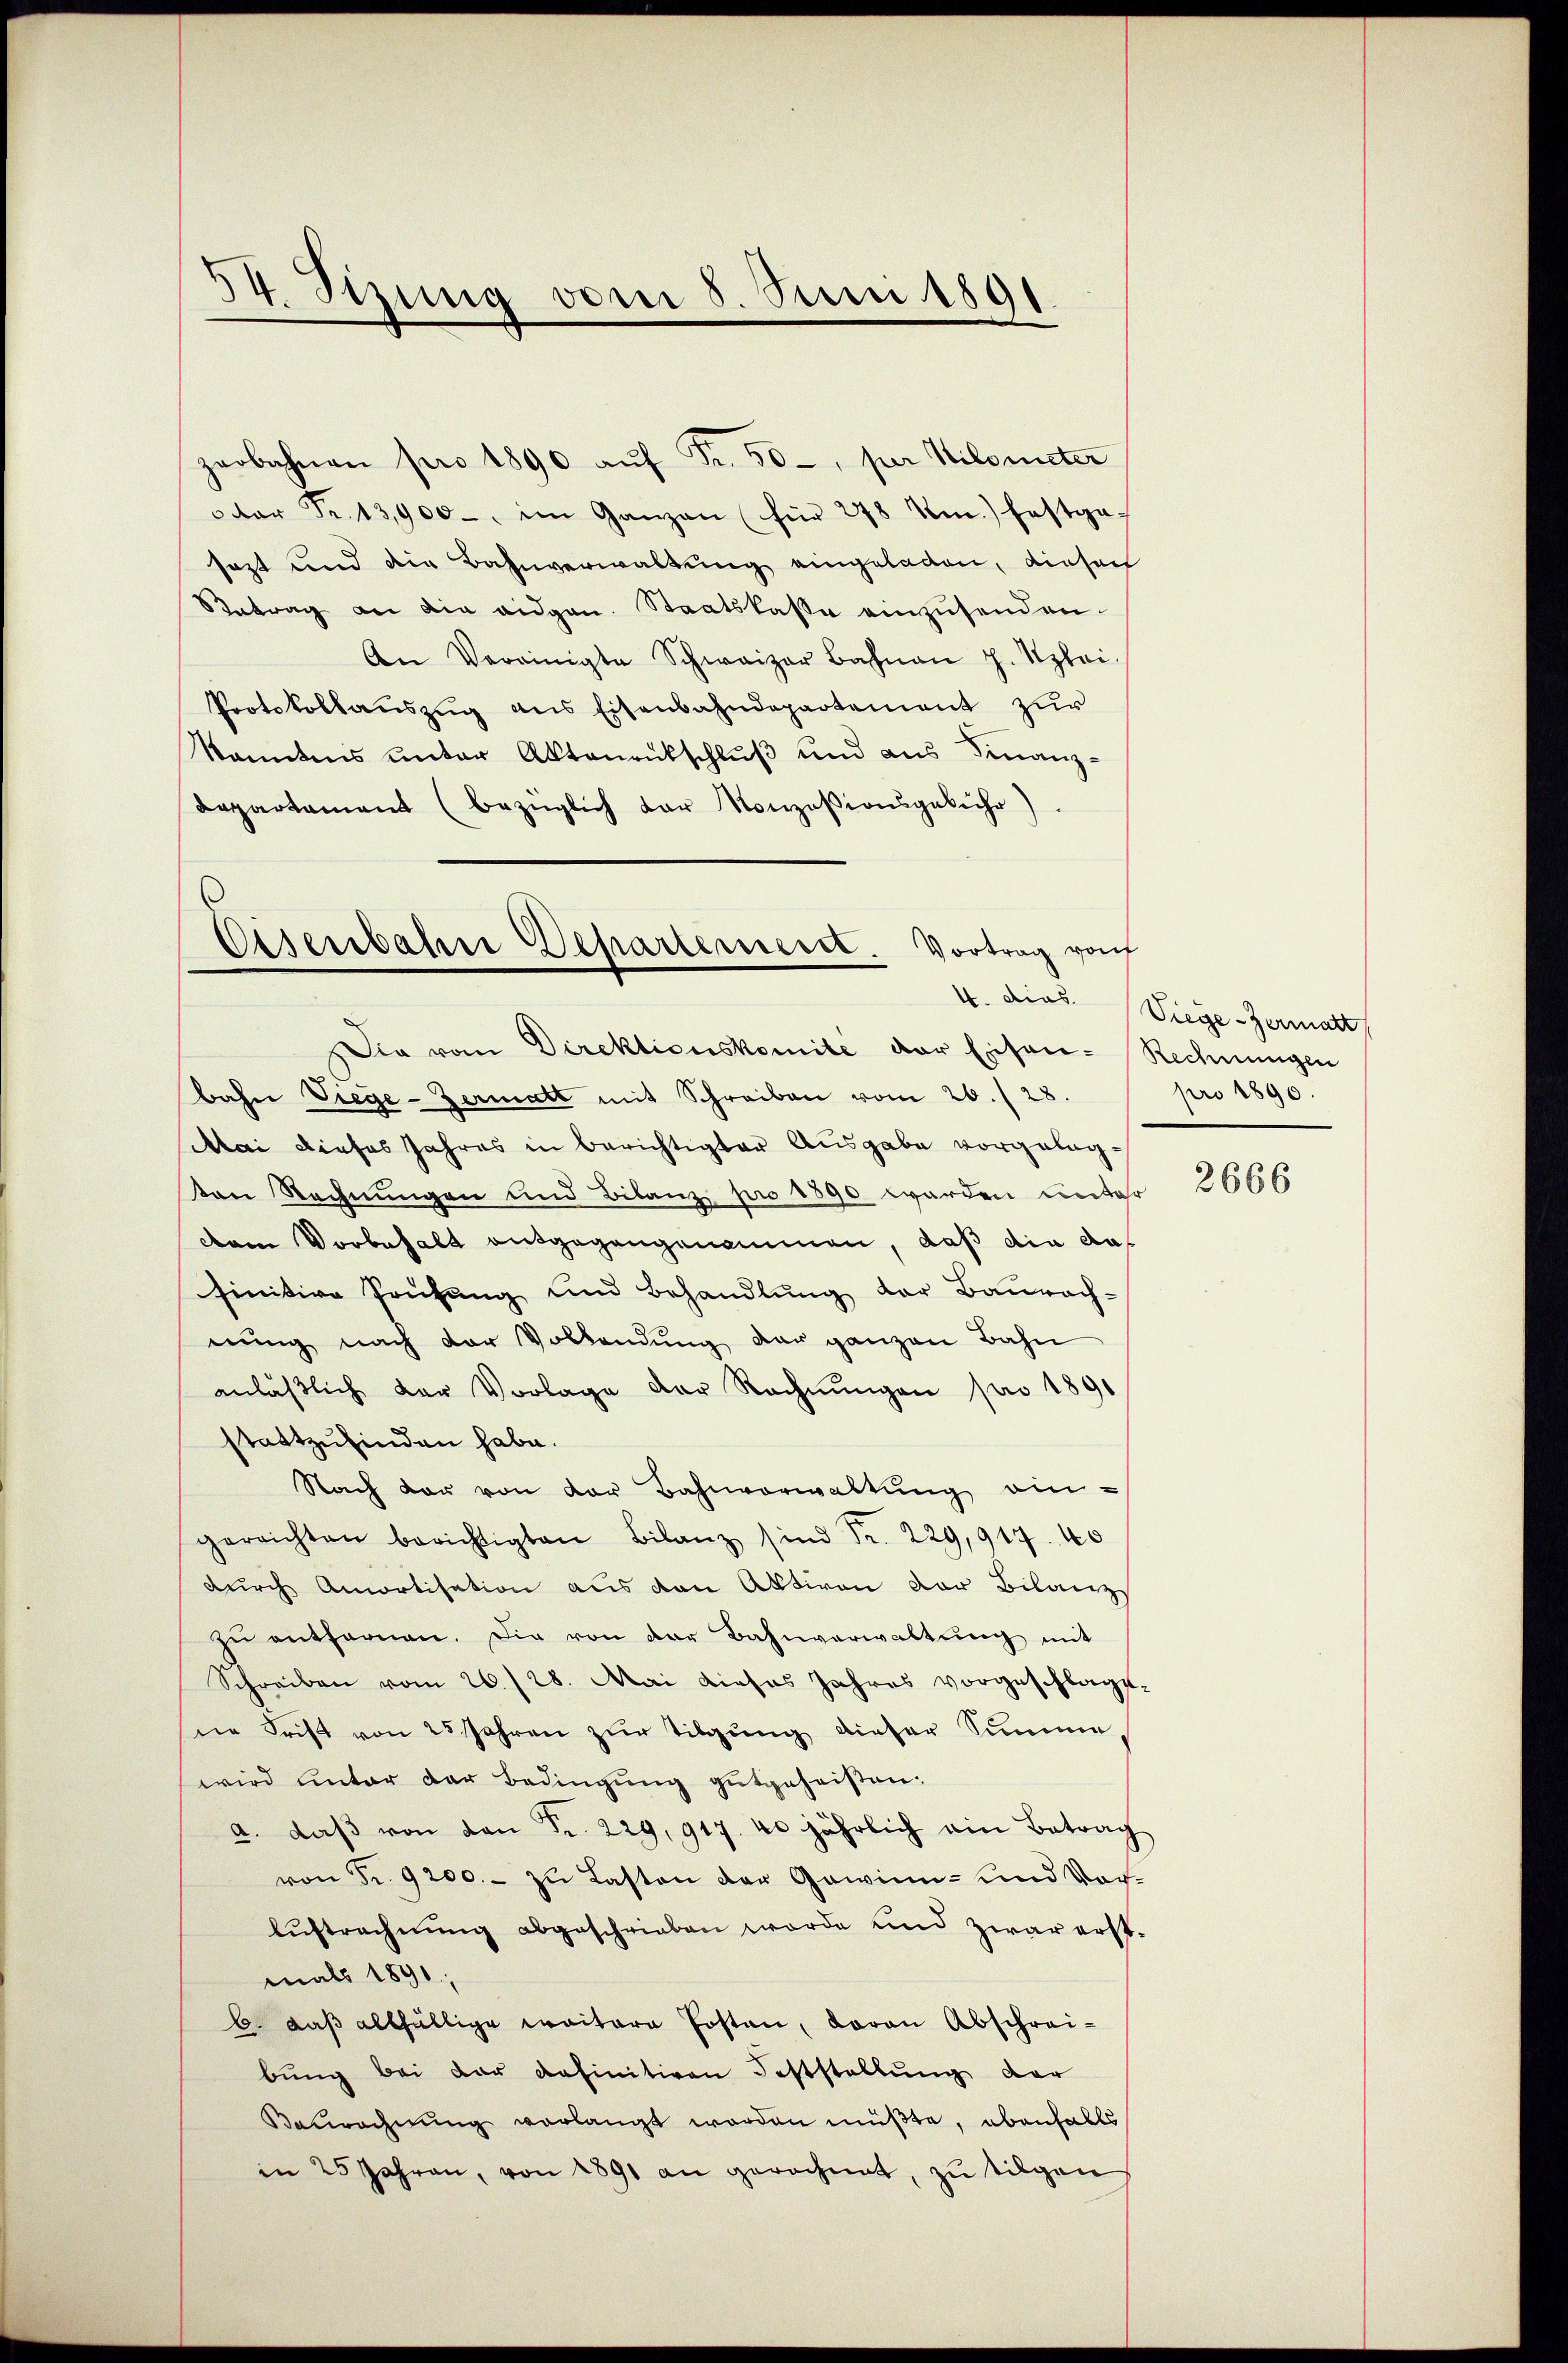
54. Stzung vom 8. Juni 1891.

der Fr. 13,900, im Ganzen (für 278 Um.) festge-
sazt und die Bahnverwaltŭng eingeladen, diesen
Betrag an die eidgen. Staatskasse einzusenden.
An Vereinigte Schweizer Bahnen J. Uzlei-
Protokollaŭszŭg ans Eisenbahndepartement zur
kanntens ŭnter Aktenentschlŭβ und aus Finanz-
departament (bezüglich der Konzesionsgebühr)
Eisenbahre Departement. Vortrag von

zerbahnen pro 1890 aŭf Fr. 50, per Kilometer

Die vom Direktionskomite der Eisen-Rechnungen
bahn Viege-Zermatt mit Schreiben vom 26. / 28.
Mai dieses Jahres in Berichtigter Ausgabe vorgeleg¬
Von Rechnungen und Bilanz pro 1890 werden unter
dem Vorbehalt entgegangenommen, daß die dafinitive Prüfŭng und Behandlŭng der Baŭrach-
nung nach der Vollendung der ganzen Bahn
anläβlich der Vorlage der Rechnŭngen pro 1891
stattzufinden habe.
Nach der von der Bahnverwaltung eingerichten berichtigten Bilanz sind Fr. 229,917. 40
durch Amortisation aus den Aktiven der Bilanz
zŭ entfernen. Die von der Bahnverwaltŭng mit
Schreiben vom 26./28. Mai dieses Jahres vorgeschlagt.
ne Frist von 25 Jahren zŭr Tilgung dieser Summe,
wird ŭnter der Bedingŭng gutgeheißen:
a. daβ von den Fr. 229, 917. 40 jährlich ein Betrag
von Fr. 9200.- zu Lasten der Gewinn- und Vor¬
Aŭftrechnŭng abgeschrieben worde und zwar erst-
mals 1891
b. daß allfällige waitare Posten, daran Abschreibung bei der definitiven Feststellung der
Baurechnung verlangt worden müßte, ebenfalls
in 25 Jahren, von 1891 an gerechnet, zu tilgen

4. dies. Siege-Zermatt
pro 1890.

2666